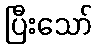
ပြီးသော်